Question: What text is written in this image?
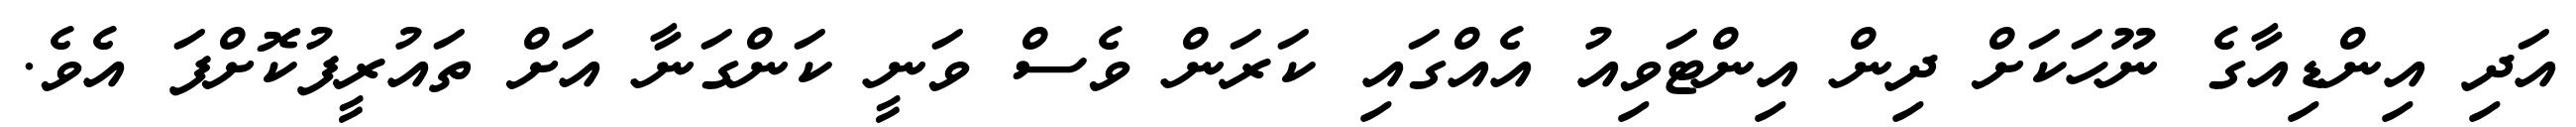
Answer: އަދި އިންޑިއާގެ ނޫހަކަށް ދިން އިންޓަވިއު އެއްގައި ކަރަން ވެސް ވަނީ ކަންގަނާ އަށް ތައުރީފުކޮށްފަ އެވެ.